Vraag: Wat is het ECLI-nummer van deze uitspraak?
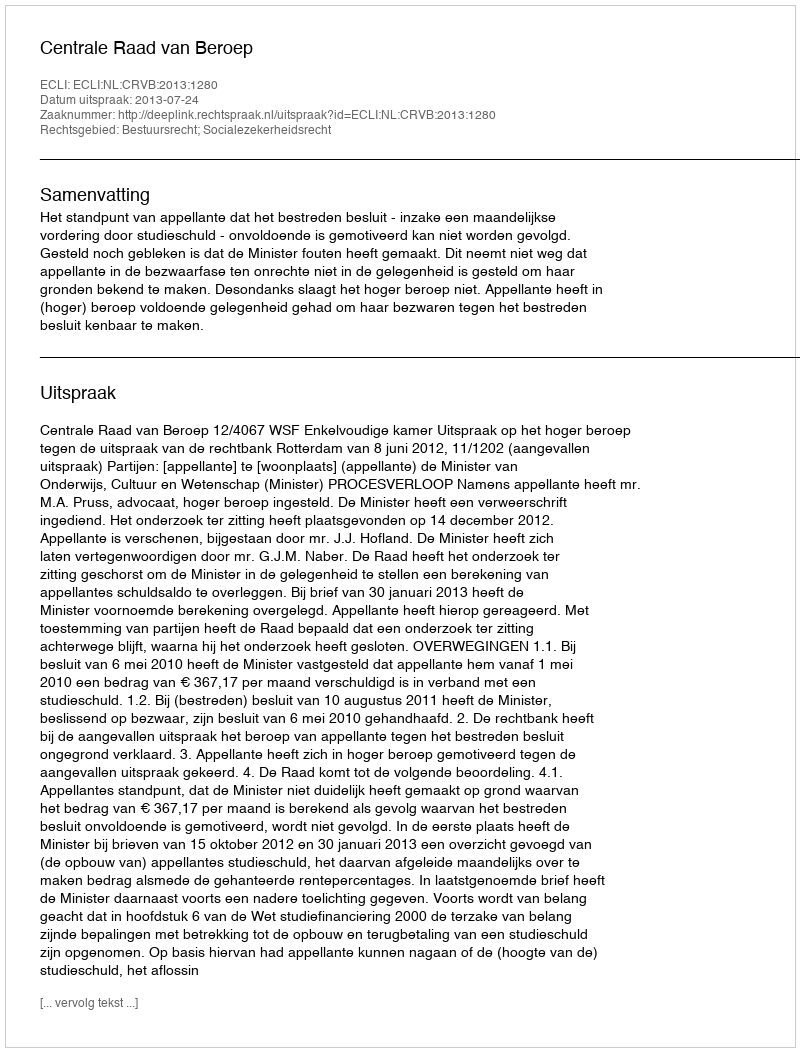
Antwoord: ECLI:NL:CRVB:2013:1280